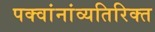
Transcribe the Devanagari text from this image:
पक्वांनांव्यतिरिक्त